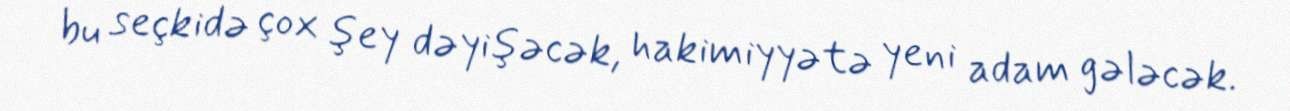
bu seçkidə çox şey dəyişəcək, hakimiyyətə yeni adam gələcək.